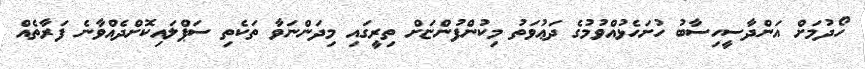
ހޯދުމަށް އަންދާސީހިސާބު ހުށަހެޅުއްވުމުގެ ދަޢުވަތު މިކުންފުންޏަށް ތިރީގައި މިދަންނަވާ ތަކެތި ސަޕްލައިކޮށްދެއްވާނެ ފަރާތެއް